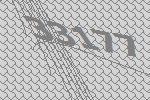
33177